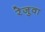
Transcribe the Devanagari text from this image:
रेजुवा